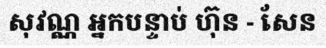
សុវណ្ណ អ្នកបន្ទាប់ ហ៊ុន - សែន